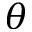
\theta